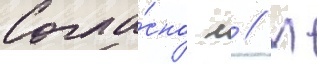
Согла́сно л // М